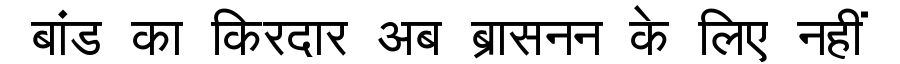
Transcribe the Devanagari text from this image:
बांड का किरदार अब ब्रासनन के लिए नहीं